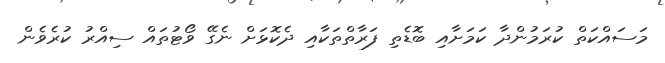
މަސައްކަތް ކުރަމުންދާ ކަމަށާއި ބޮޑެތި ފަރާތްތަކާއި ދެކޮޅަށް ނެގޭ ވޯޓުތައް ސިއްރު ކުރެވެން